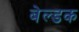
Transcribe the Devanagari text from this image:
बेल्डक